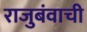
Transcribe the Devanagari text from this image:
राजुबंवाची